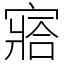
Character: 𡪗